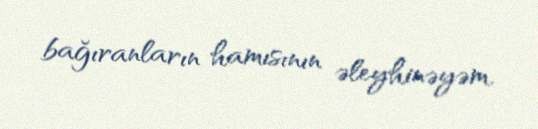
bağıranların hamısının əleyhinəyəm.